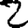
Digit: 2